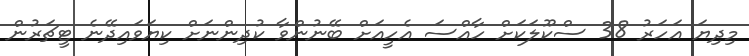
މިދިޔަ އަހަރު 38 ސްކޫލަކަށް ހާއްސަ އެހީއަށް ބޭނުންވާ ކުދިންނަށް ކިޔަވައިދޭނެ ޓީޗަރުން